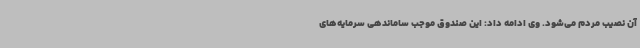
آن نصیب مردم می‌شود. وی ادامه داد: این صندوق موجب ساماندهی سرمایه‌های